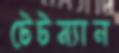
টেটম্যান